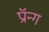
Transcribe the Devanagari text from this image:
प्रॉन्ग